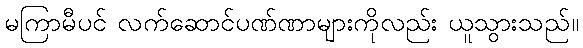
မကြာမီပင် လက်ဆောင်ပဏ်ဏာများကိုလည်း ယူသွားသည်။